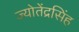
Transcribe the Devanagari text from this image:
ज्योतेंद्रसिंह